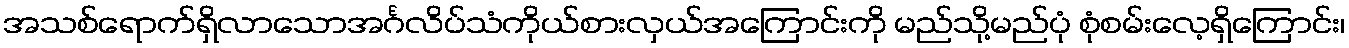
အသစ်ရောက်ရှိလာသောအင်္ဂလိပ်သံကိုယ်စားလှယ်အကြောင်းကို မည်သို့မည်ပုံ စုံစမ်းလေ့ရှိကြောင်း၊